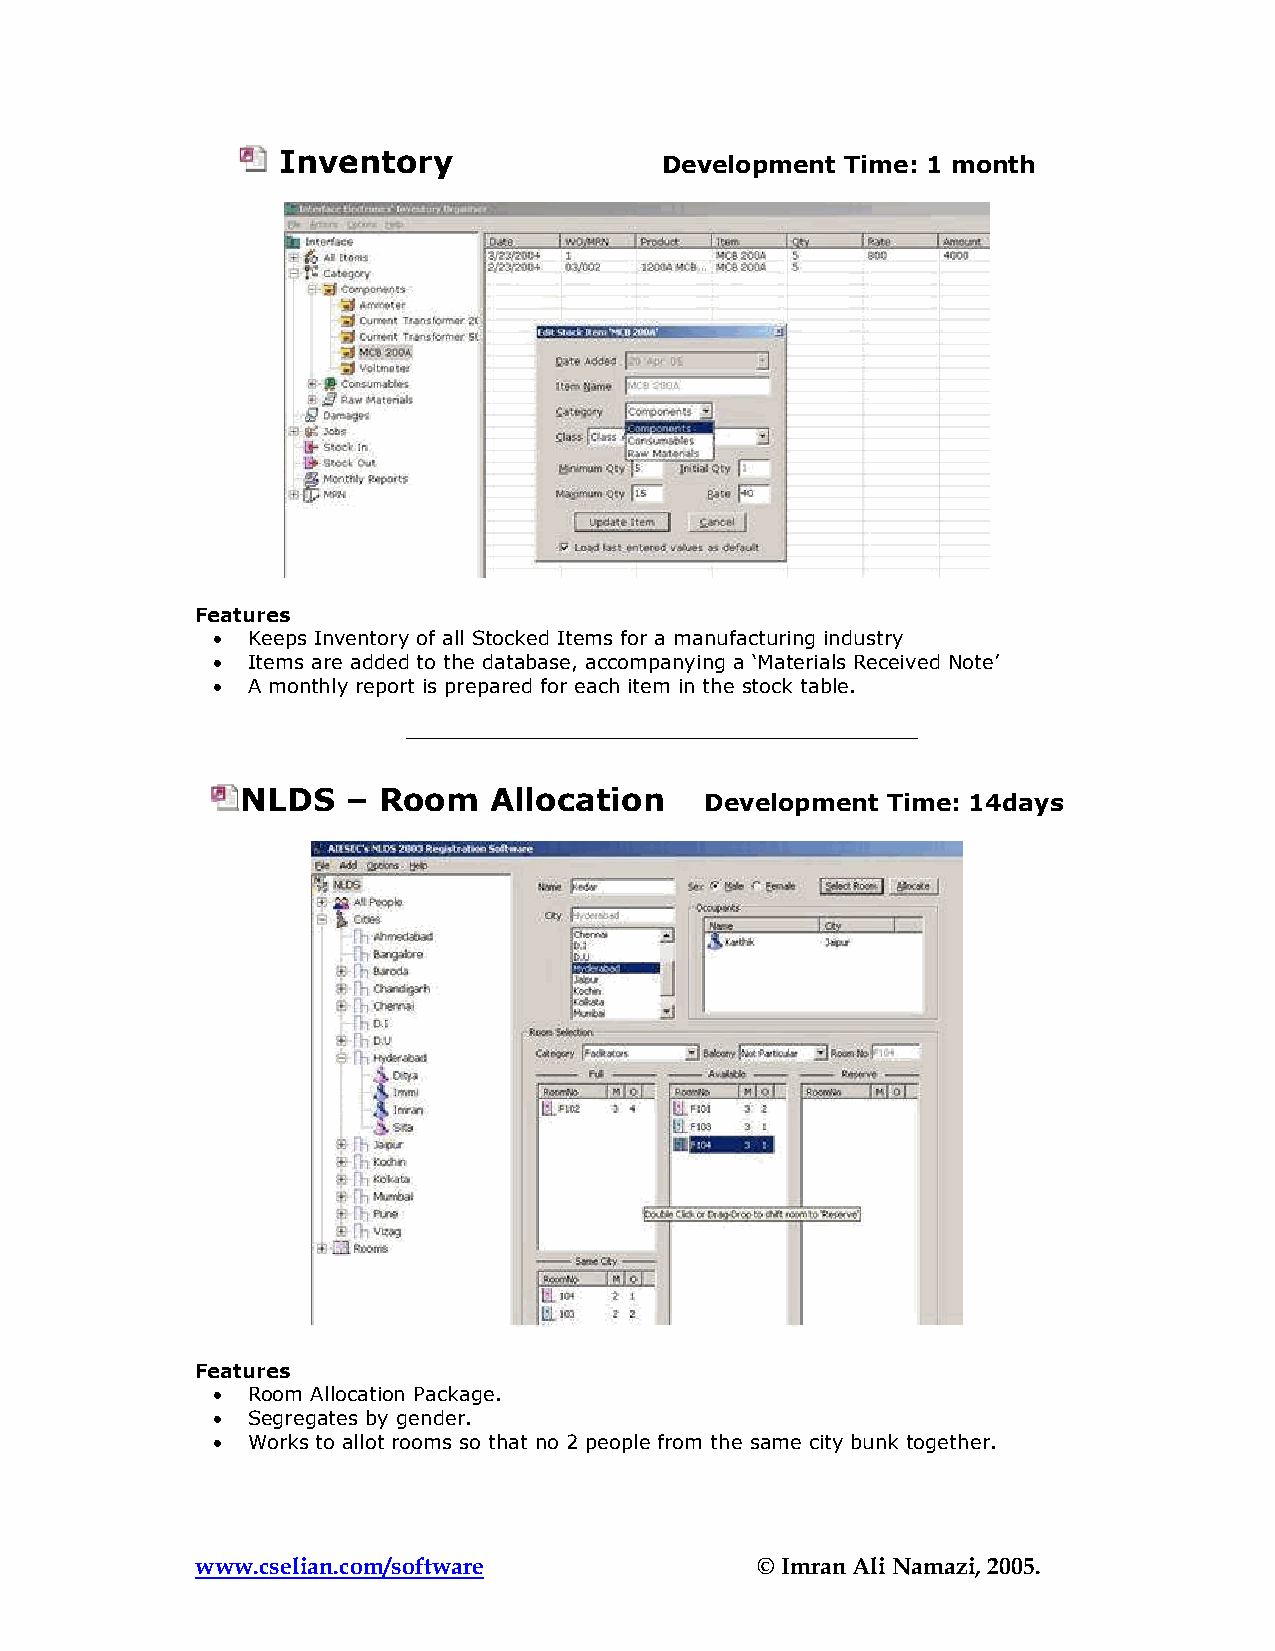
Inventory                 Development Time: 1 month
 Features
 • Keeps Inventory of all Stocked Items for a manufacturing industry
 • Items are added to the database, accompanying a ‘Materials Received Note’
 • A monthly report is prepared for each item in the stock table.
 NLDS   – Room   Allocation     Development Time: 14days
 Features
 • Room Allocation Package.
 • Segregates by gender.
 • Works to allot rooms so that no 2 people from the same city bunk together.
 www.cselian.com/software             © Imran Ali Namazi, 2005.